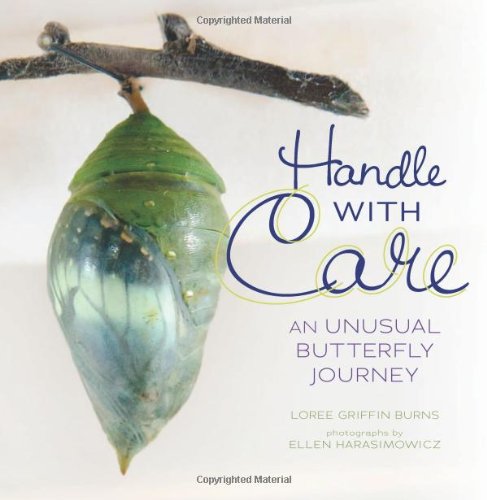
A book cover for Handle With Care: An Unusual Butterfly Journey (Nonfiction - Grades Prek-4) (Junior Library Guild Selection); Loree Griffin Burns; Children's Books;